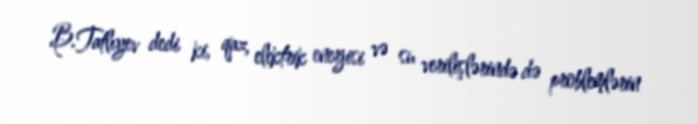
B.Tatlıyev dedi ki, qaz, elektrik enerjisi və su verilişlərində də problemlərin